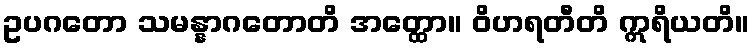
ဥပဂတော သမန္နာဂတောတိ အတ္ထော။ ဝိဟရတီတိ ဣရိယတိ။